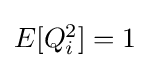
{\textstyle E[Q_{i}^{2}]=1}